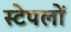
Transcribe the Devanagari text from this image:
स्टेपलों